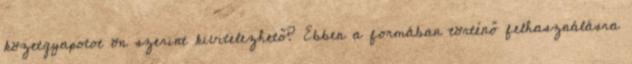
közetgyapotot ön szerint kivitelezhető? Ebben a formában történő felhasználásra